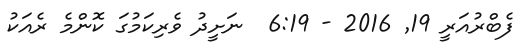
ފެބްރުއަރީ 19